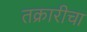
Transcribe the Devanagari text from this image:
तक्रारीचा